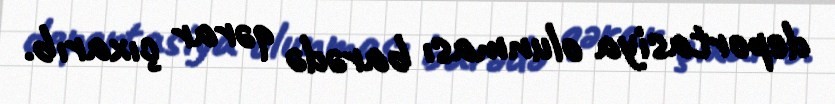
deportasiya olunması barədə qərar çıxarıb.